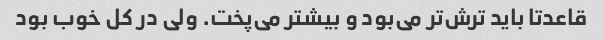
قاعدتا باید ترش‌تر می‌بود و بیشتر می‌پخت. ولی در کل خوب بود